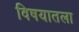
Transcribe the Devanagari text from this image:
विषयातला